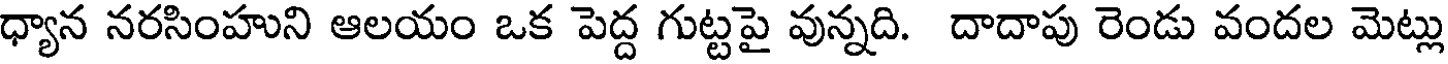
ధ్యాన నరసింహుని ఆలయం ఒక పెద్ద గుట్టపై వున్నది. దాదాపు రెండు వందల మెట్లు